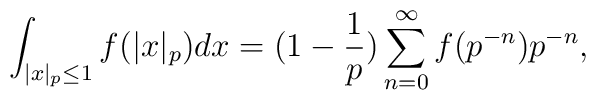
\int_{|x|_p\le 1}  f(|x|_p)dx=(1-\frac 1 p)\sum_{n=0}^\infty f(p^{-n})p^{-n},